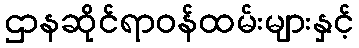
ဌာနဆိုင်ရာဝန်ထမ်းများနှင့်